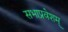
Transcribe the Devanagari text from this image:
सभाप्रवेशम्